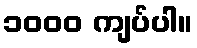
၁၀၀၀ ကျပ်ပါ။